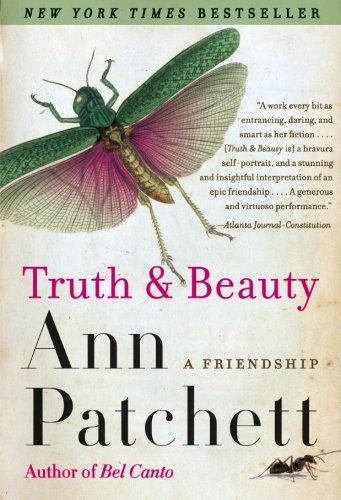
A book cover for Truth & Beauty: A Friendship; Ann Patchett; Self-Help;